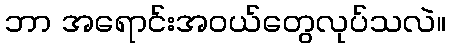
ဘာ အရောင်းအဝယ်တွေလုပ်သလဲ။